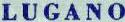
LUGANO